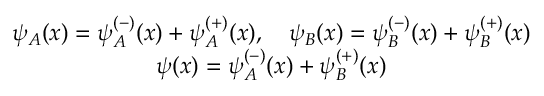
\begin{array} { c } { { \psi _ { A } ( x ) = \psi _ { A } ^ { \left( - \right) } ( x ) + \psi _ { A } ^ { \left( + \right) } ( x ) , \quad \psi _ { B } ( x ) = \psi _ { B } ^ { \left( - \right) } ( x ) + \psi _ { B } ^ { \left( + \right) } ( x ) } } \\ { { \psi ( x ) = \psi _ { A } ^ { \left( - \right) } ( x ) + \psi _ { B } ^ { \left( + \right) } ( x ) } } \end{array}